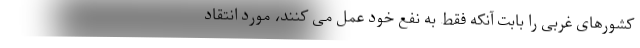
کشورهای غربی را بابت آنکه فقط به نفع خود عمل می‌ کنند، مورد انتقاد